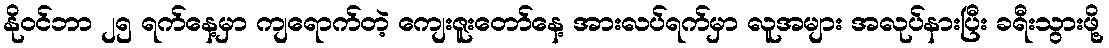
နိုဝင်ဘာ ၂၅ ရက်နေ့မှာ ကျရောက်တဲ့ ကျေးဇူးတော်နေ့ အားလပ်ရက်မှာ လူအများ အလုပ်နားပြီး ခရီးသွားဖို့